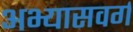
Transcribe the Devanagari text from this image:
अभ्यासवर्ग